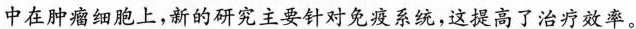
中在肿瘤细胞上，新的研究主要针对免疫系统，这提高了治疗效率。